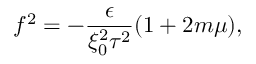
f ^ { 2 } = - \frac { \epsilon } { \xi _ { 0 } ^ { 2 } \tau ^ { 2 } } ( 1 + 2 m \mu ) ,